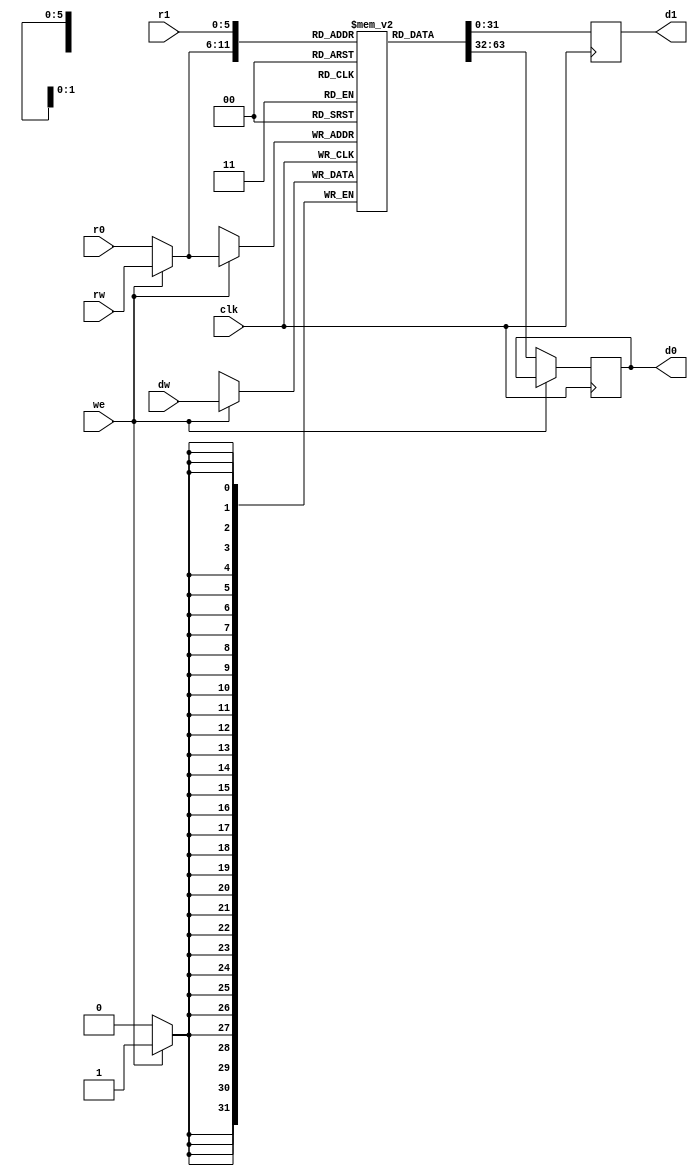
module IntegerRegister(clk, r0, r1, rw, d0, d1, dw, we);
	input clk, we;
	input [5:0] r0, r1, rw;
	input [31:0] dw;
	output reg [31:0] d0, d1;
	
	wire [5:0] rwr0;
	reg [31:0] iregfile[63:0];	// 

	
	//r0 and rw
	assign rwr0 = (we == 1) ? rw : r0;
	always @ (posedge clk)
		begin
			if(we == 1) begin
				iregfile[rwr0] <= dw;
			end
			else begin
				d0 <= iregfile[rwr0];
			end
		end
	// r1 read
	always @ (posedge clk)
		begin
			d1 <= iregfile[r1];
		end
endmodule